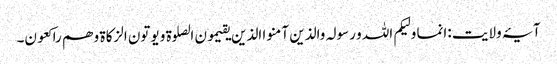
آیۂ ولایت :انما ولیکم اللہ و رسولہ والذین آمنو ا الذین یقیمون الصلوة و یوتون الزکاة و ھم راکعون۔